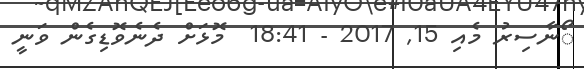
ޯނާސިރު މެއި 15